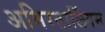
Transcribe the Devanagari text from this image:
अमिरतालिंगम